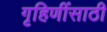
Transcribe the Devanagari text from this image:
गृहिणींसाठी